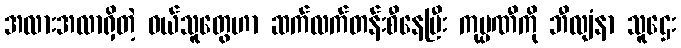
အလားအလာရှိတဲ့ ဝယ်သူတွေဟာ ဆက်လက်တန်းစီနေပြီး ကုမ္ပဏီကို ဘီလျံနာ သူဌေး